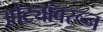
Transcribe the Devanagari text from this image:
ओट्यांवरून